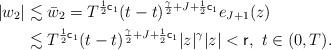
LaTeX: \begin{align*} |w_2| &\lesssim \bar w_2 = T^{\frac{1}{2}{\sf c}_1} (t-t)^{\frac{\gamma}{2}+J+\frac{1}{2}{\sf c}_1} e_{J+1}(z) \\ &\lesssim T^{\frac{1}{2}{\sf c}_1} (t-t)^{\frac{\gamma}{2}+J+\frac{1}{2}{\sf c}_1} |z|^\gamma |z|<{\sf r},\ t\in(0,T). \end{align*}